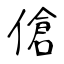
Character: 傖